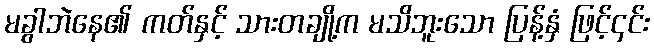
မခွါဘဲနေ၏ ကတ်နှင့် သားတချို့က မသိဘူးသော ပြန့်နှံ ဖြင့်၄င်း